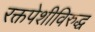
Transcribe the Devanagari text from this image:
रक्तपेशीविरुद्ध